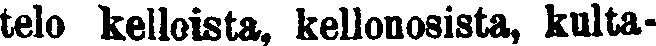
telo kelloista, kellonosista, kulta-